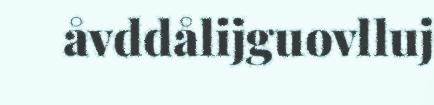
åvddålijguovlluj